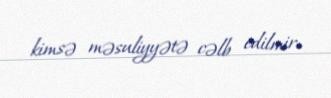
kimsə məsuliyyətə cəlb edilmir.